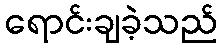
ရောင်းချခဲ့သည်